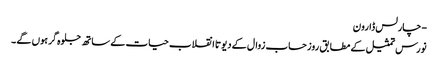
- چارلس ڈارون
نورس تمثیل کے مطابق روز حساب زوال کے دیوتا انقلاب حیات کے ساتھ جلوہ گر ہوں گے ۔